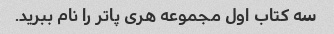
سه کتاب اول مجموعه هری پاتر را نام ببرید.